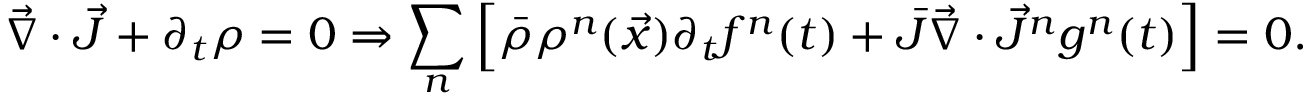
\vec { \nabla } \cdot \vec { J } + \partial _ { t } \rho = 0 \Rightarrow \sum _ { n } \left[ \bar { \rho } \rho ^ { n } ( \vec { x } ) \partial _ { t } f ^ { n } ( t ) + \bar { J } \vec { \nabla } \cdot \vec { J } ^ { n } g ^ { n } ( t ) \right] = 0 .